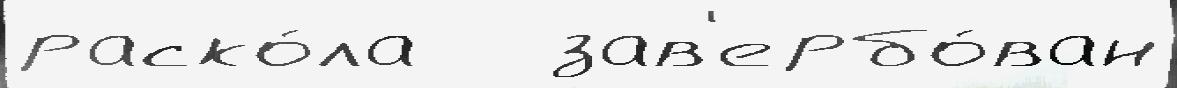
раско́ла   зав'ербо́ван